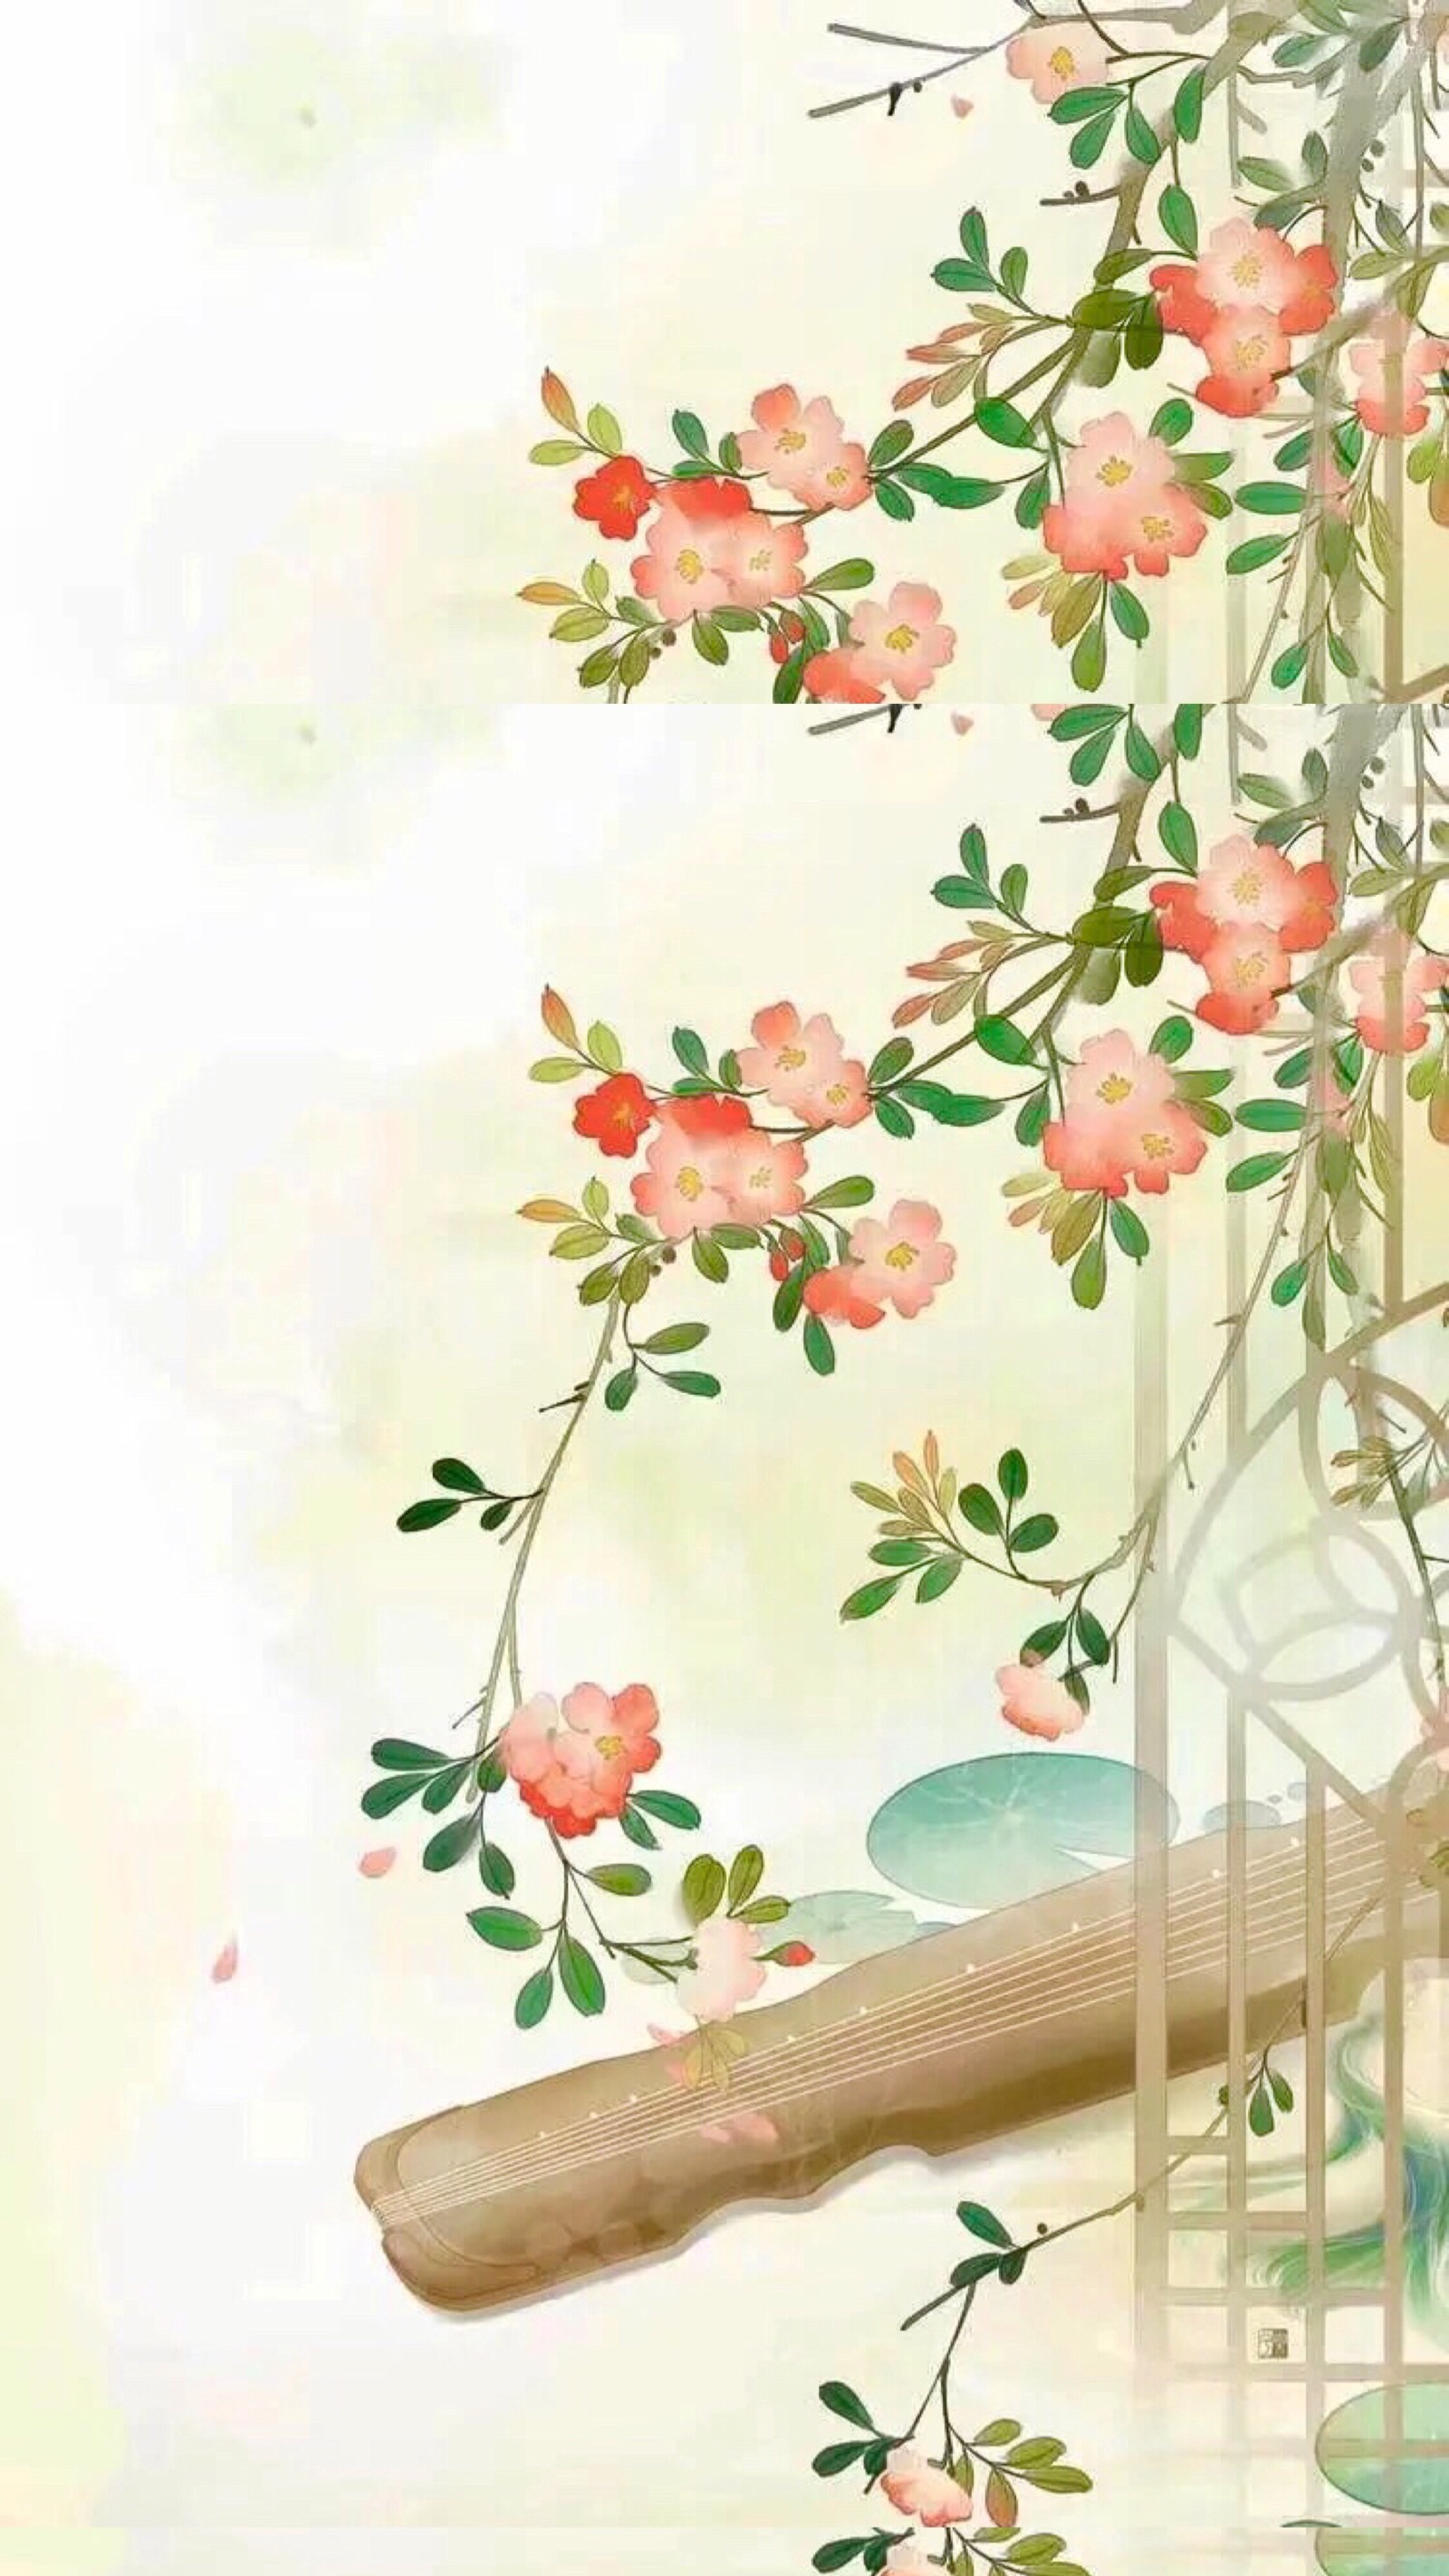
柳丝长，春雨细，花外漏声迢递。